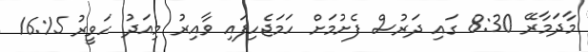
މާދަމާރޭ 8:30 ގައި ދަރުސް ފެށުމަށް ހަމަޖެހިފައި ވާއިރު މިއަދު ހަވީރު 16:15